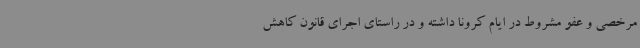
مرخصی و عفو مشروط در ایام کرونا داشته و در راستای اجرای قانون کاهش